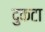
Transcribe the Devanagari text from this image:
दुकटा